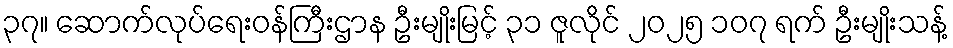
၃၇။ ဆောက်လုပ်ရေးဝန်ကြီးဌာန ဦးမျိုးမြင့် ၃၁ ဇူလိုင် ၂၀၂၅ ၁၀၇ ရက် ဦးမျိုးသန့်